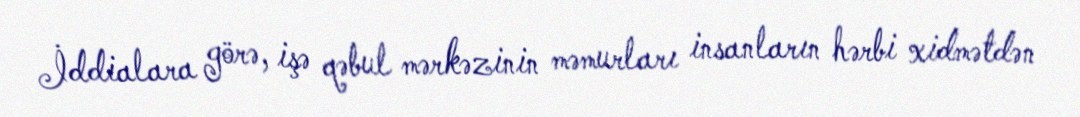
İddialara görə, işə qəbul mərkəzinin məmurları insanların hərbi xidmətdən